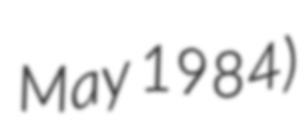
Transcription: May 1984)